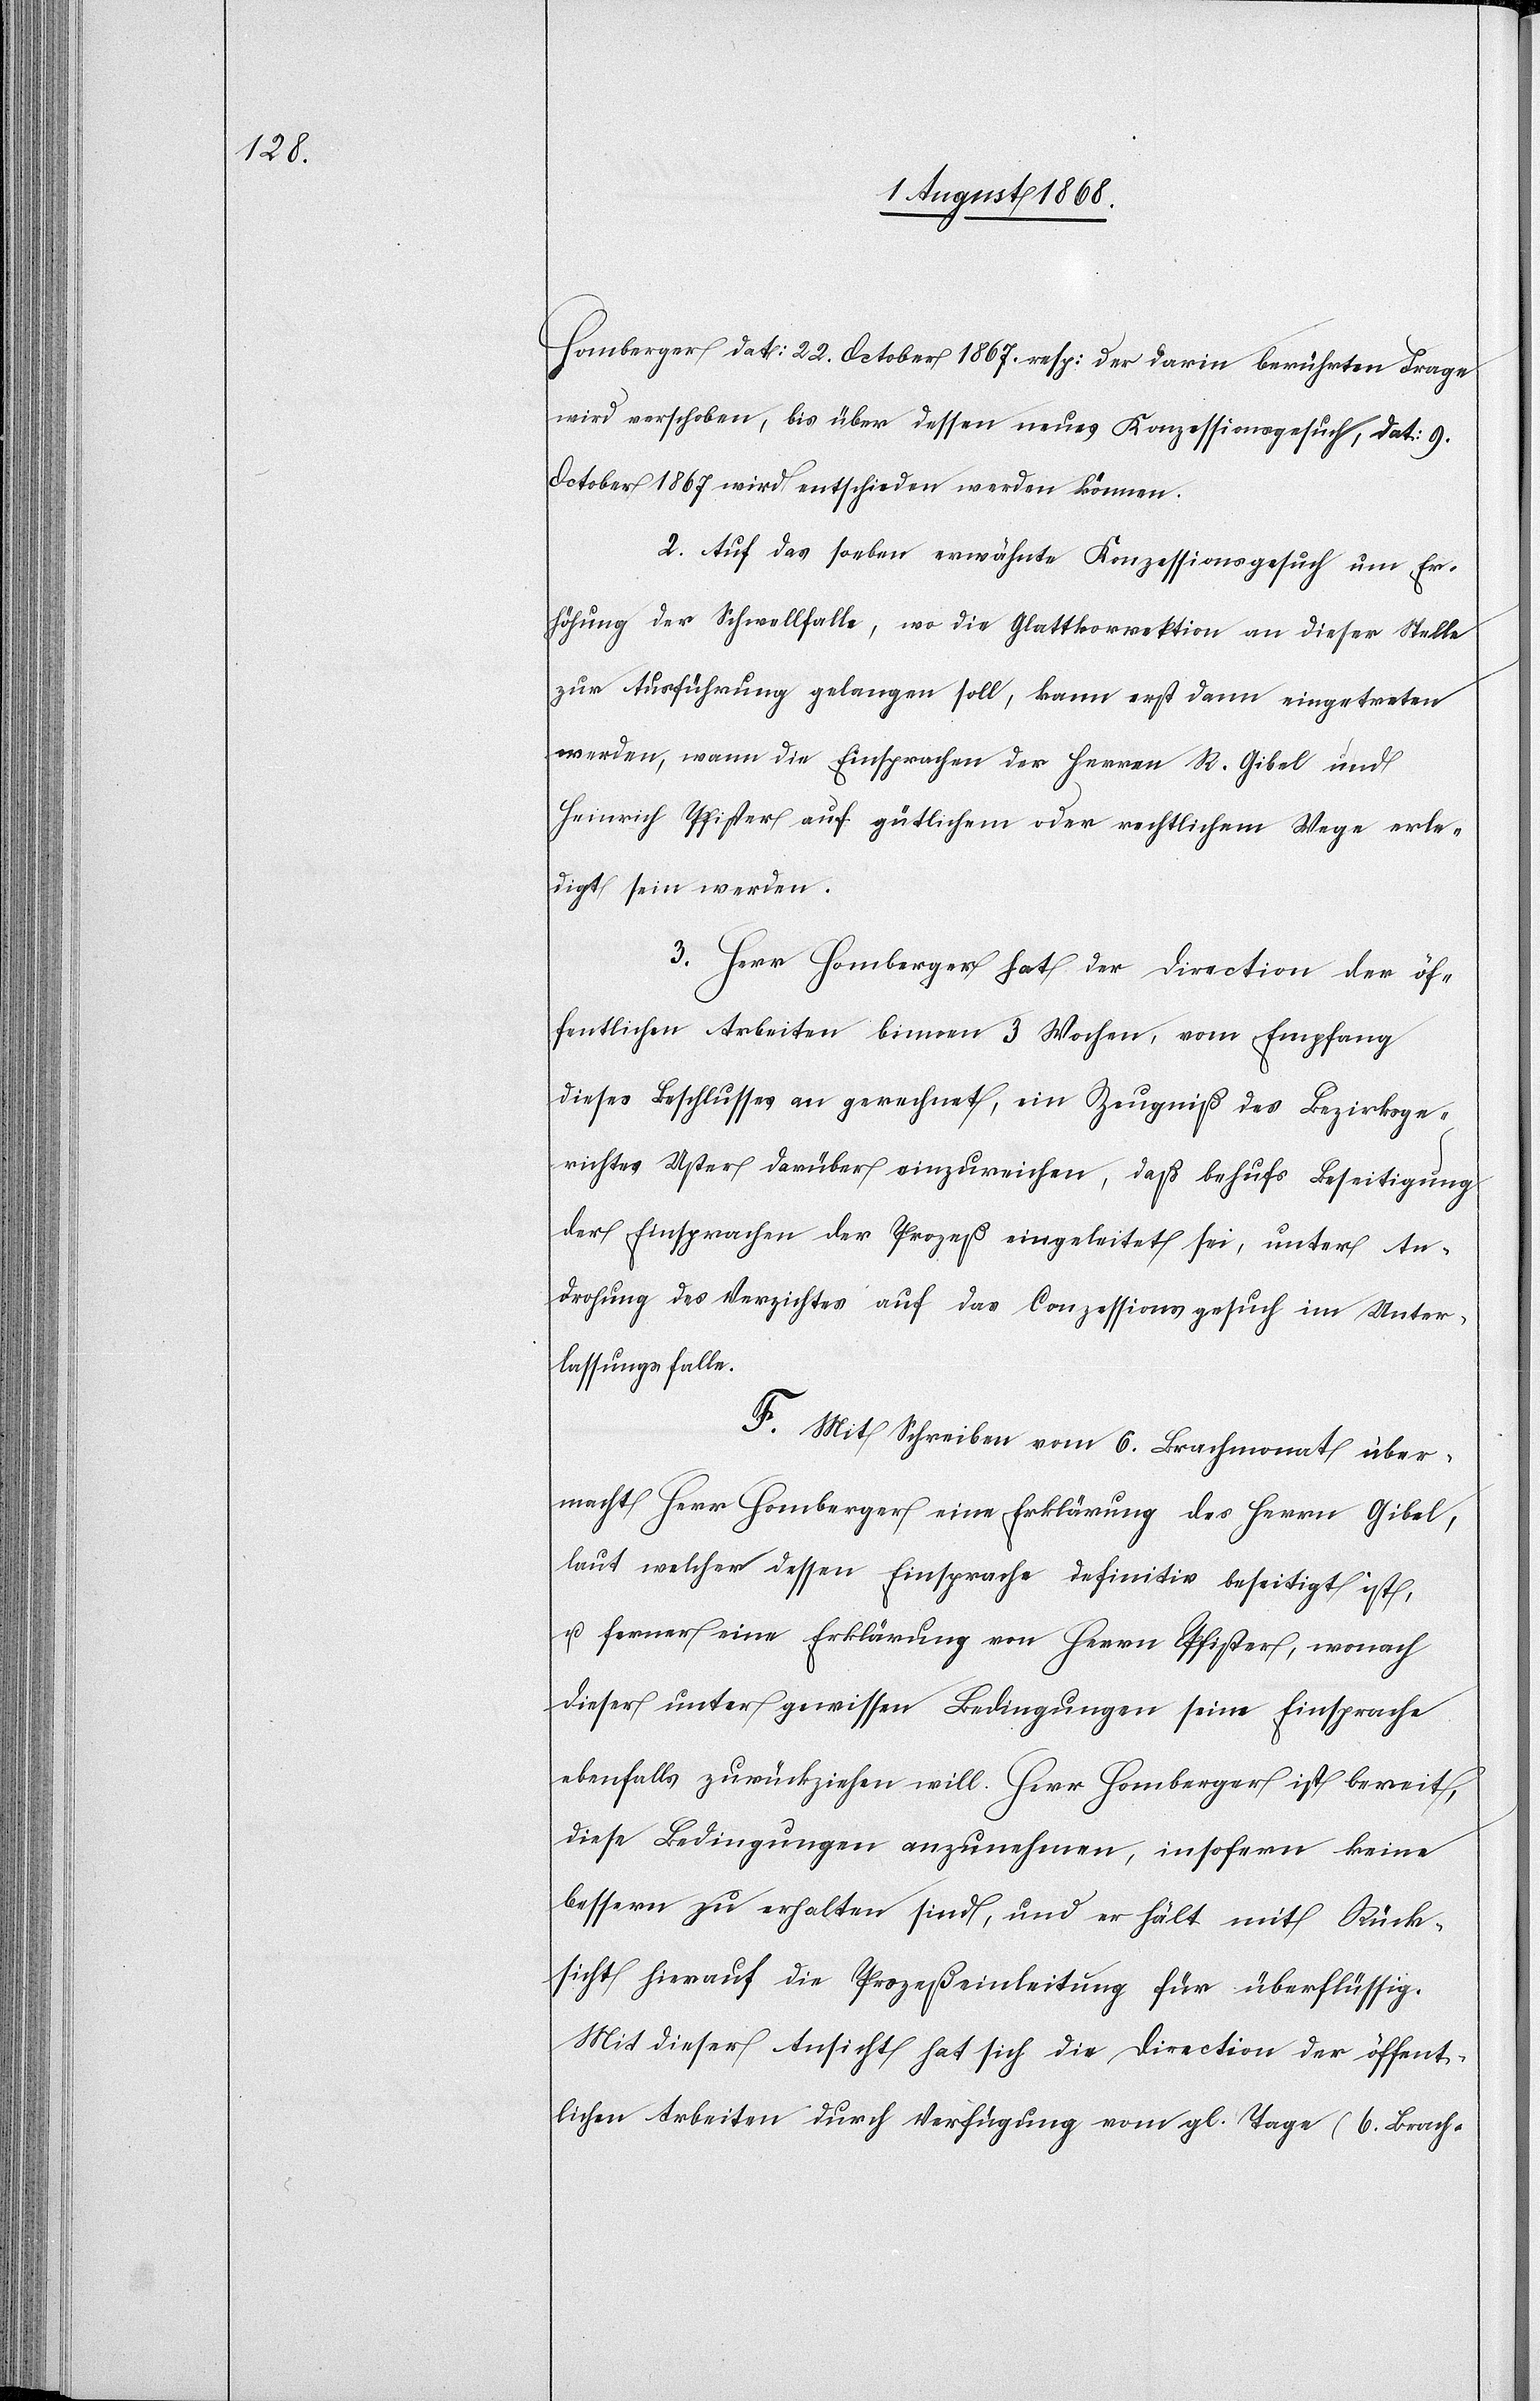
Homberger dat: 22. October 1867. resp: der darin berührten Frage
wird verschoben, bis über dessen neues Konzessionsgesuch, dat: 9.
October 1867 wird entschieden werden können.
2. Auf das soeben erwähnte Konzessionsgesuch um Er¬
höhung der Schwellfalle, wo die Glattkorrektion an dieser Stelle
zur Ausführung gelangen soll, kann erst dann eingetreten
werden, wann die Einsprachen der Herren R. Gibel und
Heinrich Pfister auf gütlichem oder rechtlichem Wege erle¬
digt sein werden.
3. Herr Homberger hat der Direction der öf¬
fentlichen Arbeiten binnen 3 Wochen, vom Empfang
dieses Beschlusses an gerechnet, ein Zeugniß des Bezirksge¬
richtes Uster darüber einzureichen, daß behufs Beseitigung
der Einsprachen der Prozeß eingeleitet sei, unter An¬
drohung des Verzichtes auf das Conzessionsgesuch im Unter¬
lassungsfalle.
F. Mit Schreiben vom 6. Brachmonat über¬
macht Herr Homberger eine Erklärung des Herrn Gibel,
laut welcher dessen Einsprache definitiv beseitigt ist,
u. ferner eine Erklärung von Herrn Pfister, wonach
dieser unter gewissen Bedingungen seine Einsprache
ebenfalls zurückziehen will. Herr Homberger ist bereit,
diese Bedingungen anzunehmen, insofern keine
bessern zu erhalten sind, und er hält mit Rück¬
sicht hierauf die Prozeßeinleitung für überflüssig.
Mit dieser Ansicht hat sich die Direction der öffent¬
lichen Arbeiten durch Verfügung vom gl. Tage (6. Brach-